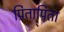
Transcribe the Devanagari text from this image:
पितापिता